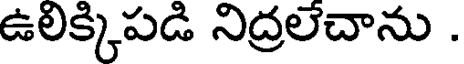
ఉలిక్కిపడి నిద్రలేచాను .